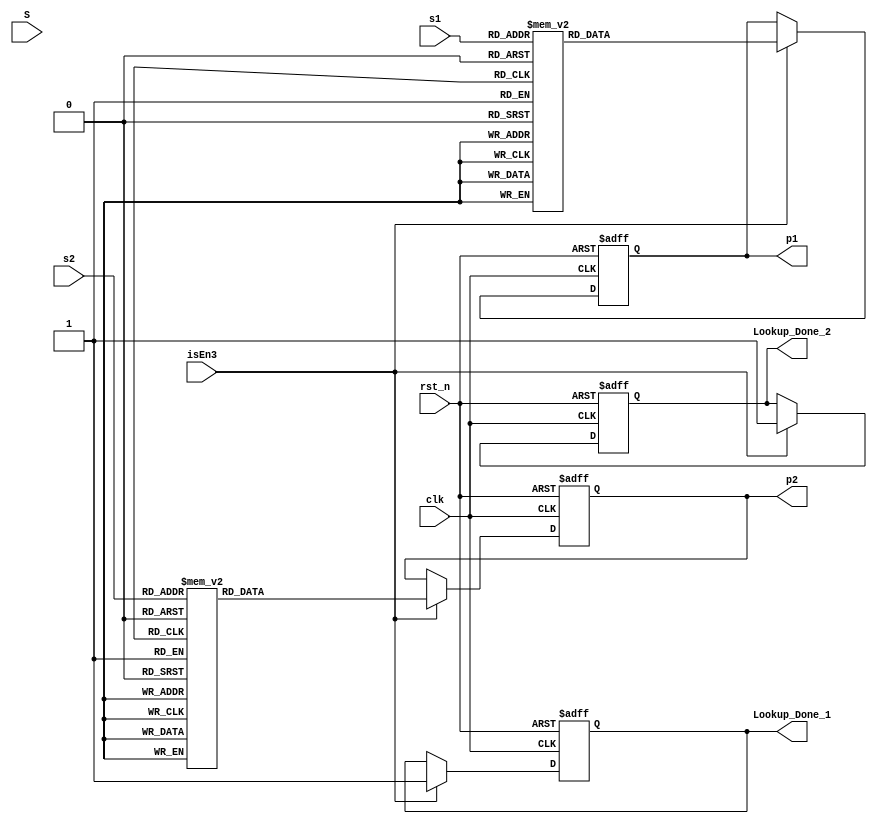
//`timescale 1ns / 1ps revised 1
`timescale 1ns / 1ns
module lookuptable(
							     Lookup_Done_1,
							     Lookup_Done_2,
                   clk,
                   rst_n,
                   isEn3,
                   S,
                   s1,
                   s2,
                   p1,
                   p2
//						  p2, revised 9
                   );
  input clk,rst_n,isEn3;
  input [6:0] S;
  input [5:0] s1,s2;
  output [5:0] p1,p2;
  reg [5:0] p1,p2;
  output Lookup_Done_1,Lookup_Done_2;
  reg Lookup_Done_1,Lookup_Done_2;
  
  always@(posedge clk or negedge rst_n) begin
    if (!rst_n) begin
    p1<=6'b0;
    Lookup_Done_1<=1'b0;
    end
    else begin
      if (isEn3==1'b1)  begin
//        if ((!s1)&&(S[0]==1'b1)) begin  /////revised 
//        if ((!s1)&&(s1[0]==1'b1)) begin  /////revised 
        case(s1)
        6'd0:p1<=6'b000000;
        6'd1:p1<=6'b000001;
        6'd2:p1<=6'b000010;
        6'd3:p1<=6'b000111;
        6'd4:p1<=6'b000011;
        6'd5:p1<=6'b001101;
        6'd6:p1<=6'b001000;
        6'd7:p1<=6'b011011;
        6'd8:p1<=6'b000100;
        6'd9:p1<=6'b100001;
        6'd10:p1<=6'b001110;
        6'd11:p1<=6'b100100;
        6'd12:p1<=6'b001001;
        6'd13:p1<=6'b110001;
        6'd14:p1<=6'b011100;
        6'd15:p1<=6'b010011;
        6'd16:p1<=6'b000101;
        6'd17:p1<=6'b011001;
        6'd18:p1<=6'b100010;
        6'd19:p1<=6'b010001;
        6'd20:p1<=6'b001111;
        6'd21:p1<=6'b110101;
        6'd22:p1<=6'b100101;
        6'd23:p1<=6'b110111;
        6'd24:p1<=6'b001010;
        6'd25:p1<=6'b101110;
        6'd26:p1<=6'b110010;
        6'd27:p1<=6'b100111;
        6'd28:p1<=6'b011101;
        6'd29:p1<=6'b101010;
        6'd30:p1<=6'b010100;
        6'd31:p1<=6'b111001;
        6'd32:p1<=6'b000110;
        6'd33:p1<=6'b111111;
        6'd34:p1<=6'b011010;
        6'd35:p1<=6'b001100;
        6'd36:p1<=6'b100011;
        6'd37:p1<=6'b100000;
        6'd38:p1<=6'b010010;
        6'd39:p1<=6'b110000;
        6'd40:p1<=6'b010000;
        6'd41:p1<=6'b011000;
        6'd42:p1<=6'b110110;
        6'd43:p1<=6'b110100;
        6'd44:p1<=6'b100110;
        6'd45:p1<=6'b101101;
        6'd46:p1<=6'b111000;
        6'd47:p1<=6'b101001;
        6'd48:p1<=6'b001011;
        6'd49:p1<=6'b111110;
        6'd50:p1<=6'b101111;
        6'd51:p1<=6'b011111;
        6'd52:p1<=6'b110011;
        6'd53:p1<=6'b010111;
        6'd54:p1<=6'b101000;
        6'd55:p1<=6'b101100;
        6'd56:p1<=6'b011110;
        6'd57:p1<=6'b111101;
        6'd58:p1<=6'b101011;
        6'd59:p1<=6'b010110;
        6'd60:p1<=6'b010101;
        6'd61:p1<=6'b111100;
        6'd62:p1<=6'b111010;
        6'd63:p1<=6'b111011;
        //default: ep<=63'b0;
        endcase  
		  Lookup_Done_1<=1'b1;
      end  
    end
  end
//  end //revised 
  
    always@(posedge clk or negedge rst_n) begin
    if (!rst_n) begin
    p2<=6'b0;
    Lookup_Done_2<=1'b0;
    end
    else begin
      if (isEn3==1'b1) begin
//        if ((!s1)&&(S[0]==1'b1)) begin //// revised 
// if ((!s1)&&(s1[0]==1'b1)) begin  /////revised 
        case(s2)
        6'd0:p2<=6'b000000;
        6'd1:p2<=6'b000001;
        6'd2:p2<=6'b000010;
        6'd3:p2<=6'b000111;
        6'd4:p2<=6'b000011;
        6'd5:p2<=6'b001101;
        6'd6:p2<=6'b001000;
        6'd7:p2<=6'b011011;
        6'd8:p2<=6'b000100;
        6'd9:p2<=6'b100001;
        6'd10:p2<=6'b001110;
        6'd11:p2<=6'b100100;
        6'd12:p2<=6'b001001;
        6'd13:p2<=6'b110001;
        6'd14:p2<=6'b011100;
        6'd15:p2<=6'b010011;
        6'd16:p2<=6'b000101;
        6'd17:p2<=6'b011001;
        6'd18:p2<=6'b100010;
        6'd19:p2<=6'b010001;
        6'd20:p2<=6'b001111;
        6'd21:p2<=6'b110101;
        6'd22:p2<=6'b100101;
        6'd23:p2<=6'b110111;
        6'd24:p2<=6'b001010;
        6'd25:p2<=6'b101110;
        6'd26:p2<=6'b110010;
        6'd27:p2<=6'b100111;
        6'd28:p2<=6'b011101;
        6'd29:p2<=6'b101010;
        6'd30:p2<=6'b010100;
        6'd31:p2<=6'b111001;
        6'd32:p2<=6'b000110;
        6'd33:p2<=6'b111111;
        6'd34:p2<=6'b011010;
        6'd35:p2<=6'b001100;
        6'd36:p2<=6'b100011;
        6'd37:p2<=6'b100000;
        6'd38:p2<=6'b010010;
        6'd39:p2<=6'b110000;
        6'd40:p2<=6'b010000;
        6'd41:p2<=6'b011000;
        6'd42:p2<=6'b110110;
        6'd43:p2<=6'b110100;
        6'd44:p2<=6'b100110;
        6'd45:p2<=6'b101101;
        6'd46:p2<=6'b111000;
        6'd47:p2<=6'b101001;
        6'd48:p2<=6'b001011;
        6'd49:p2<=6'b111110;
        6'd50:p2<=6'b101111;
        6'd51:p2<=6'b011111;
        6'd52:p2<=6'b110011;
        6'd53:p2<=6'b010111;
        6'd54:p2<=6'b101000;
        6'd55:p2<=6'b101100;
        6'd56:p2<=6'b011110;
        6'd57:p2<=6'b111101;
        6'd58:p2<=6'b101011;
        6'd59:p2<=6'b010110;
        6'd60:p2<=6'b010101;
        6'd61:p2<=6'b111100;
        6'd62:p2<=6'b111010;
        6'd63:p2<=6'b111011;
        //default: ep<=63'b0;
        endcase  
		  Lookup_Done_2<=1'b1;
      end  
    end
  end
//  end //evised 
  
endmodule